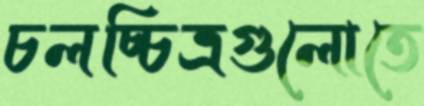
চলচ্চিত্রগুলোতে